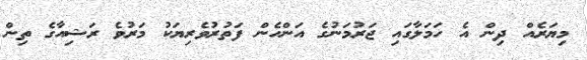
މިޔަރެއް ދިން އެ ހަމަލާގައި ޖަރުމަނުގެ އަންހެން ފަތުރުވެރިޔަކު މަރުވެ ރަޝިއާގެ ތިން